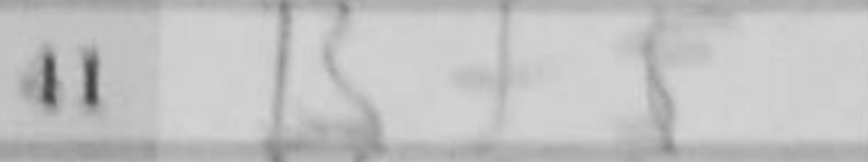
Transcription: Bf5